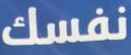
نفسك